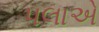
પલાએ